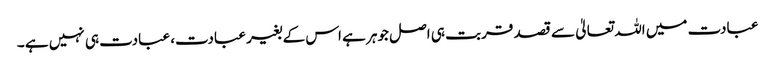
عبادت میں اللہ تعالیٰ سے قصد قربت ہی اصل جوہر ہے اس کے بغیر عبادت، عبادت ہی نہیں ہے ۔